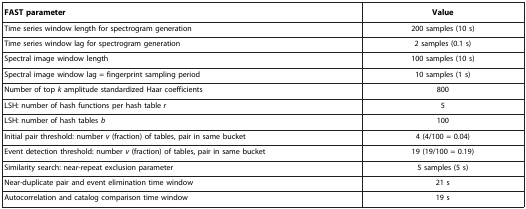
| FAST parameter | Value |
 | --- | --- |
 | Time series window length for spectrogram generation | 200 samples (10 s) |
 | Time series window lag for spectrogram generation | 2 samples (0.1 s) |
 | Spectral image window length | 100 samples (10 s) |
 | Spectral image window lag = fingerprint sampling period | 10 samples (1 s) |
 | Number of top k amplitude standardized Haar coefficients | 800 |
 | LSH: number of hash functions per hash table r | 5 |
 | LSH: number of hash tables b | 100 |
 | Initial pair threshold: number v (fraction) of tables, pair in same bucket | 4 (4/100 = 0.04) |
 | Event detection threshold: number v (fraction) of tables, pair in same bucket | 19 (19/100 = 0.19) |
 | Similarity search: near-repeat exclusion parameter | 5 samples (5 s) |
 | Near-duplicate pair and event elimination time window | 21 s |
 | Autocorrelation and catalog comparison time window | 19 s |